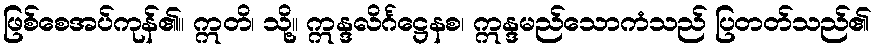
ဖြစ်စေအပ်ကုန်၏။ ဣတိ၊ သို့။ ဣန္ဒလိင်္ဂဋ္ဌေနစ၊ ဣန္ဒမည်သောကံသည် ပြတတ်သည်၏